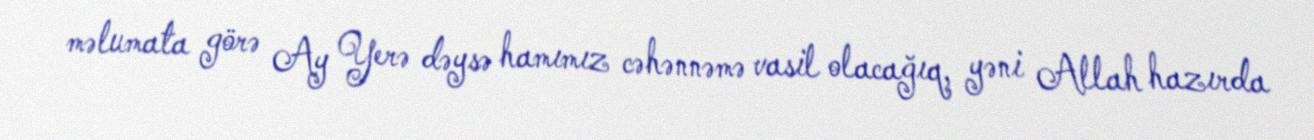
məlumata görə Ay Yerə dəysə hamımız cəhənnəmə vasil olacağıq, yəni Allah hazırda